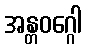
အန္တဝဂ္ဂေါ